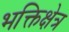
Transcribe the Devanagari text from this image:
भक्तिक्षेत्र